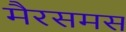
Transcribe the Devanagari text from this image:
मैरसमस